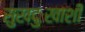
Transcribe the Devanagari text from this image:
सुखदुःखाशी